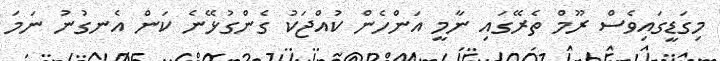
މިގަޑީގައިވެސް ރޫމް ތެރޭގައި ނާމީ އަންހެން ކުއްޖަކު ގެންގުޅޭނެ ކަން އެނގުނު ނަމަ